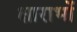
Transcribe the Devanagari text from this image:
क्षाराभों